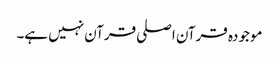
موجودہ قرآن اصلی قرآن نہیں ہے۔